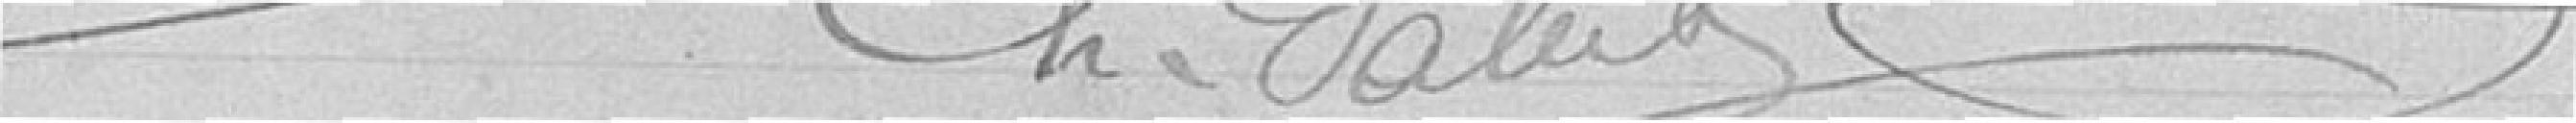
CH. VALET